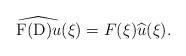
LaTeX: \begin{align*} \widehat{\mathrm{F}(\mathrm{D})u}(\xi) = F(\xi)\widehat{u}(\xi). \end{align*}